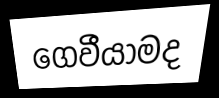
ගෙවීයාමද